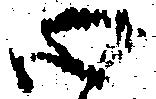
心